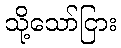
သို့သော်ငြား